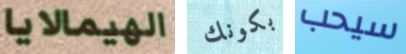
الهيمالايا بكونك سيحب